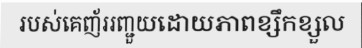
របស់គេញ័ររញ្ជួយដោយភាពខ្សឹកខ្សួល